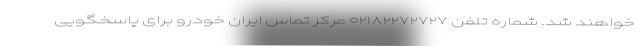
خواهند شد. شماره تلفن ۰۲۱۸۲۲۷۲۷۲۷ مرکز تماس ایران خودرو برای پاسخگویی